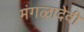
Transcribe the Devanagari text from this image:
मंगळादेवी